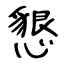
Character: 懇